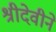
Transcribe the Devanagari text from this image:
श्रीदेवीने